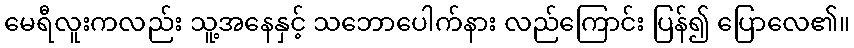
မေရီလူးကလည်း သူ့အနေနှင့် သဘောပေါက်နား လည်ကြောင်း ပြန်၍ ပြောလေ၏။